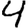
Digit: 4